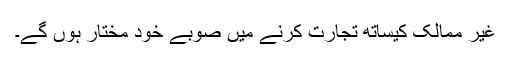
غیر ممالک کیساتھ تجارت کرنے میں صوبے خود مختار ہوں گے۔